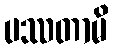
ပဿတာမိ